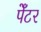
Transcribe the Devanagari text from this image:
पेँटर